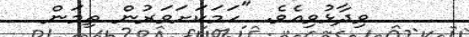
ވިދާޅުވިއެވެ. "ހަމަކަށަވަރުން ތިމަން